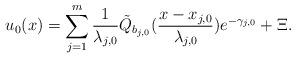
LaTeX: \begin{align*}u_0(x)=\sum_{j=1}^{m}\frac{1}{\lambda_{j,0}}\tilde{Q}_{b_{j,0}}(\frac{x-x_{j,0}}{\lambda_{j,0}})e^{-\gamma_{j,0}}+\Xi.\end{align*}